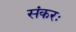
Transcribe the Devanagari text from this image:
संकरः